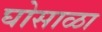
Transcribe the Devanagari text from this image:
घोसाळा